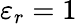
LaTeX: \varepsilon_{r}=1